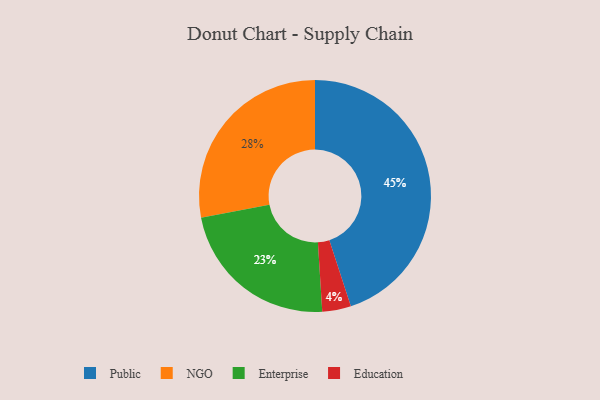
{"axis": {"x": "Category", "y": "Percentage"}, "legend": ["Education", "Enterprise", "NGO", "Public"], "data": [{"x": "Enterprise", "y": 23, "type": "Enterprise"}, {"x": "NGO", "y": 28, "type": "NGO"}, {"x": "Public", "y": 45, "type": "Public"}, {"x": "Education", "y": 4, "type": "Education"}]}